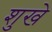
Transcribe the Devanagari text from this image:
शुखे